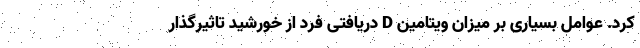
کرد. عوامل بسیاری بر میزان ویتامین D دریافتی فرد از خورشید تاثیرگذار